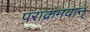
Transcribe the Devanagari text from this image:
पराक्रमवान्